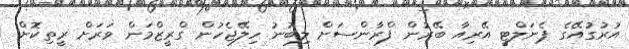
އުރުގުއޭގެ ޕެނަލްޓީ އޭރިއާ ބޭރުން ފްރާންސަށް ލިބުނު ހިލޭޖެހުން ގްރީޒްމަން ވަރަށް ރީތިކޮށް